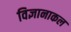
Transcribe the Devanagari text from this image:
विज्ञानाकल